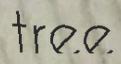
tree